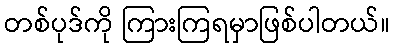
တစ်ပုဒ်ကို ကြားကြရမှာဖြစ်ပါတယ်။